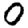
Digit: 0